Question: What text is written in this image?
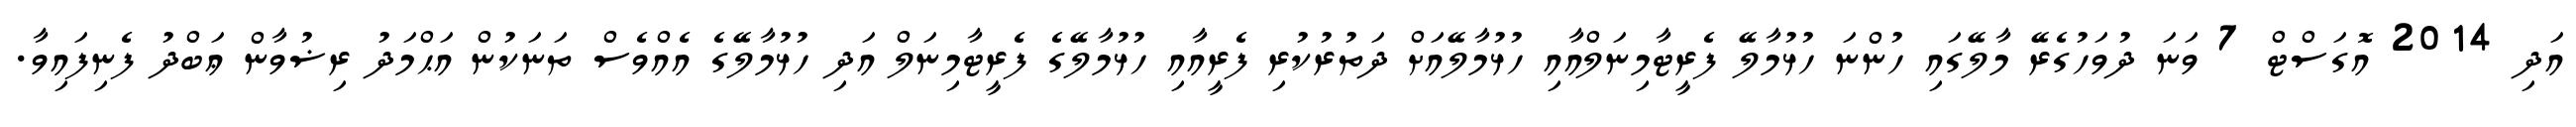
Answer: އަދި 2014 އޮގަސްޓް 7 ވަނަ ދުވަހުގެރޭ މާލޭގައި ހުންނަ ހުޅުމާލޭ ފެރީޓާމިނަލްއާއި ހުޅުމާލޭއަށް ދަތުރުކުރި ފެރީއާއި ހުޅުމާލޭގެ ފެރީޓާމިނަލް އަދި ހުޅުމާލޭގެ އެއްވެސް ތަނަކުން އަޙްމަދު ރިޟުވާން ޢަބްދު ފެނިފައިވާ.